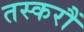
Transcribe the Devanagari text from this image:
तस्करौं